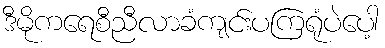
ဒီမိုကရေစီညီလာခံကျင်းပကြရုံပဲပေါ့